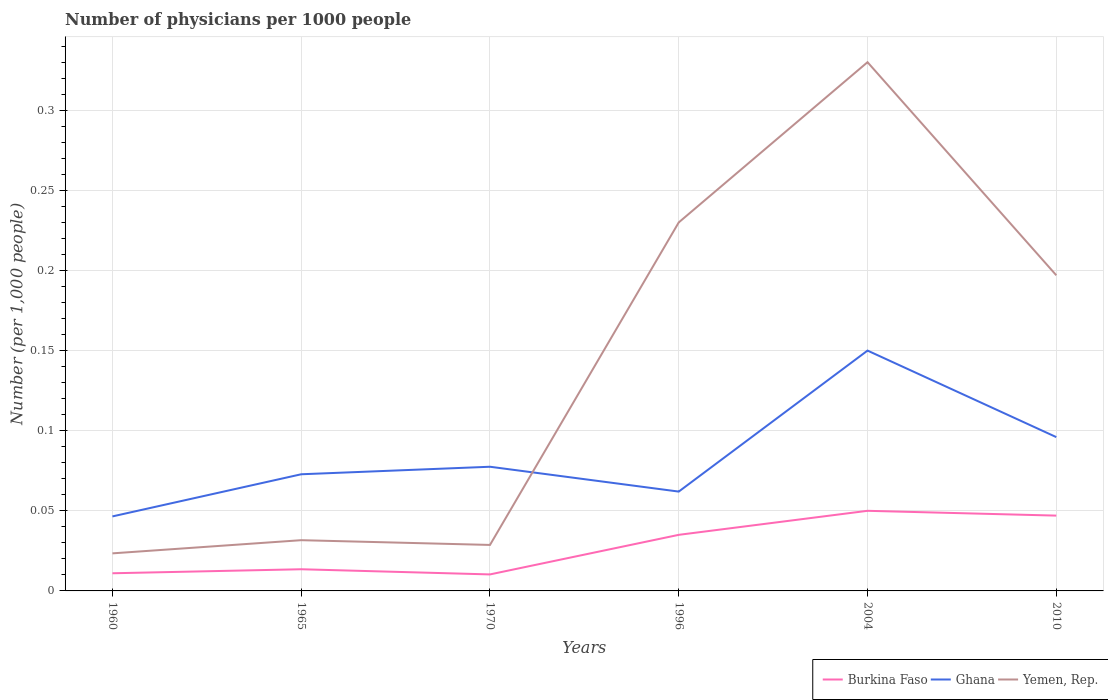
| Years | Burkina Faso | Ghana | Yemen, Rep. |
 | --- | --- | --- | --- |
 | 1960 | 0.011 | 0.0465 | 0.0234 |
 | 1965 | 0.0135 | 0.0728 | 0.0317 |
 | 1970 | 0.0103 | 0.0775 | 0.0287 |
 | 1996 | 0.035 | 0.062 | 0.23 |
 | 2004 | 0.05 | 0.15 | 0.33 |
 | 2010 | 0.047 | 0.096 | 0.197 |